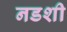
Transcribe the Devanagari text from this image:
नडशी